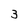
Character: 3